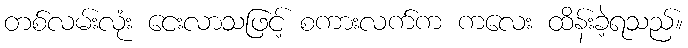
တစ်လမ်းလုံး ငေးလာသဖြင့် စကားလက်က ကလေး ထိန်းခဲ့ရသည်။